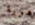
هوية